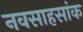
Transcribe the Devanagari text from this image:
नवसाहसांक